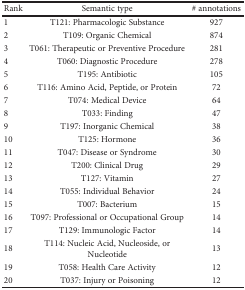
<table><thead><tr><td><b>Rank</b></td><td><b>Semantic type</b></td><td><b># annotations</b></td></tr></thead><tbody><tr><td>1</td><td>T121: Pharmacologic Substance</td><td>927</td></tr><tr><td>2</td><td>T109: Organic Chemical</td><td>874</td></tr><tr><td>3</td><td>T061: Therapeutic or Preventive Procedure</td><td>281</td></tr><tr><td>4</td><td>T060: Diagnostic Procedure</td><td>278</td></tr><tr><td>5</td><td>T195: Antibiotic</td><td>105</td></tr><tr><td>6</td><td>T116: Amino Acid, Peptide, or Protein</td><td>72</td></tr><tr><td>7</td><td>T074: Medical Device</td><td>64</td></tr><tr><td>8</td><td>T033: Finding</td><td>47</td></tr><tr><td>9</td><td>T197: Inorganic Chemical</td><td>38</td></tr><tr><td>10</td><td>T125: Hormone</td><td>36</td></tr><tr><td>11</td><td>T047: Disease or Syndrome</td><td>30</td></tr><tr><td>12</td><td>T200: Clinical Drug</td><td>29</td></tr><tr><td>13</td><td>T127: Vitamin</td><td>27</td></tr><tr><td>14</td><td>T055: Individual Behavior</td><td>24</td></tr><tr><td>15</td><td>T007: Bacterium</td><td>15</td></tr><tr><td>16</td><td>T097: Professional or Occupational Group</td><td>14</td></tr><tr><td>17</td><td>T129: Immunologic Factor</td><td>14</td></tr><tr><td>18</td><td>T114: Nucleic Acid, Nucleoside, or Nucleotide</td><td>13</td></tr><tr><td>19</td><td>T058: Health Care Activity</td><td>12</td></tr><tr><td>20</td><td>T037: Injury or Poisoning</td><td>12</td></tr></tbody></table>